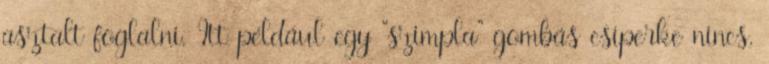
asztalt foglalni. Itt például egy “szimpla” gombás csiperke nincs,